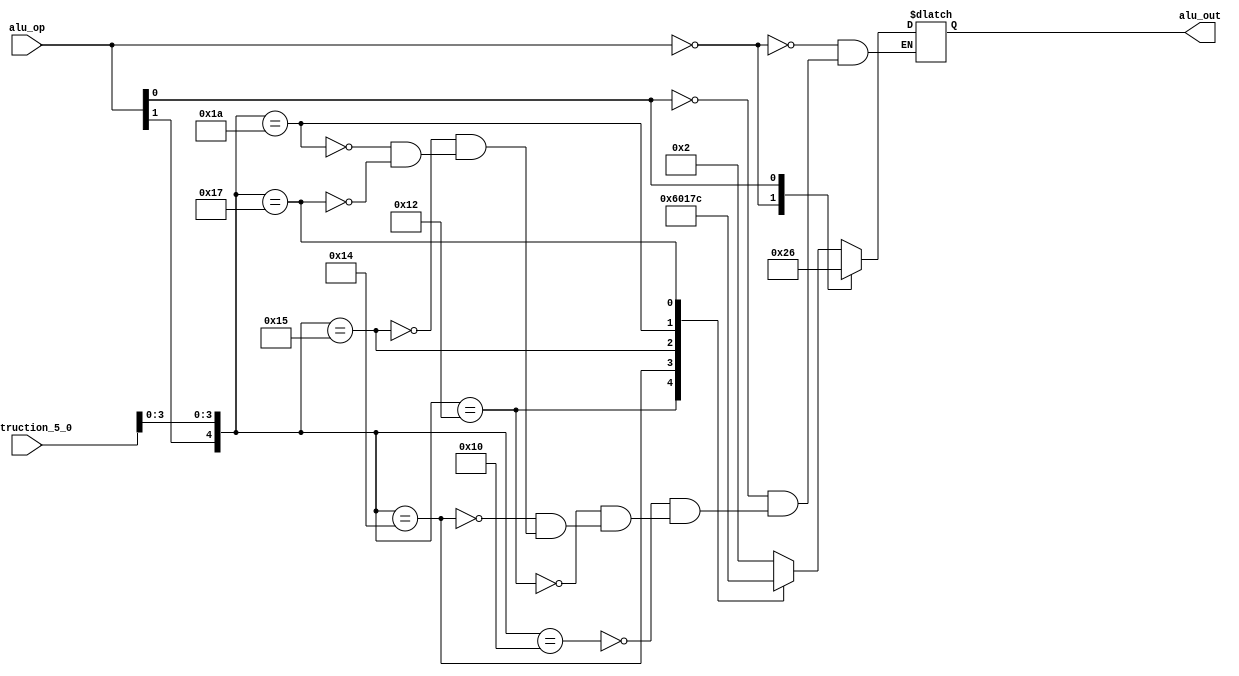
//=========================================================================
// Name & Email must be EXACTLY as in Gradescope roster!
// Name: Nicole Navarro 
// 
// Assignment name: Lab 4 Datapath Control Units 
// Lab section: 021
// TA: Jincong Lu
// 
// I hereby certify that I have not received assistance on this assignment,
// or used code, from ANY outside source other than the instruction team
// (apart from what was provided in the starter file).
//
//=========================================================================

module aluControlUnit (
    input  wire [1:0] alu_op, 
    input  wire [5:0] instruction_5_0, 
    output wire [3:0] alu_out
    );

// ------------------------------
// Insert your solution below
// ------------------------------ 

    reg [3:0]alu_out_reg;

    assign alu_out = alu_out_reg;
    
    
    always @(*) begin
        casex({alu_op,instruction_5_0})
            8'b00XXXXXX: begin
                alu_out_reg = 4'b0010;
            end
            8'bX1XXXXXX: begin
                alu_out_reg = 4'b0110;
            end
            8'b1XXX0000:begin
                alu_out_reg = 4'b0010;
            end
            8'b1XXX0010: begin
                alu_out_reg = 4'b0110;
            end
            8'b1XXX0100: begin
                alu_out_reg = 4'b0000;
            end
            8'b1XXX0101:begin
                alu_out_reg = 4'b0001;
            end
            8'b1XXX1010:begin
                alu_out_reg = 4'b0111;
            end
            8'b1XXX0111:begin
                alu_out_reg = 4'b1100;
            end
        endcase
    end


endmodule